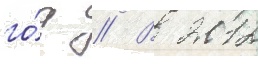
го́д // В 2012